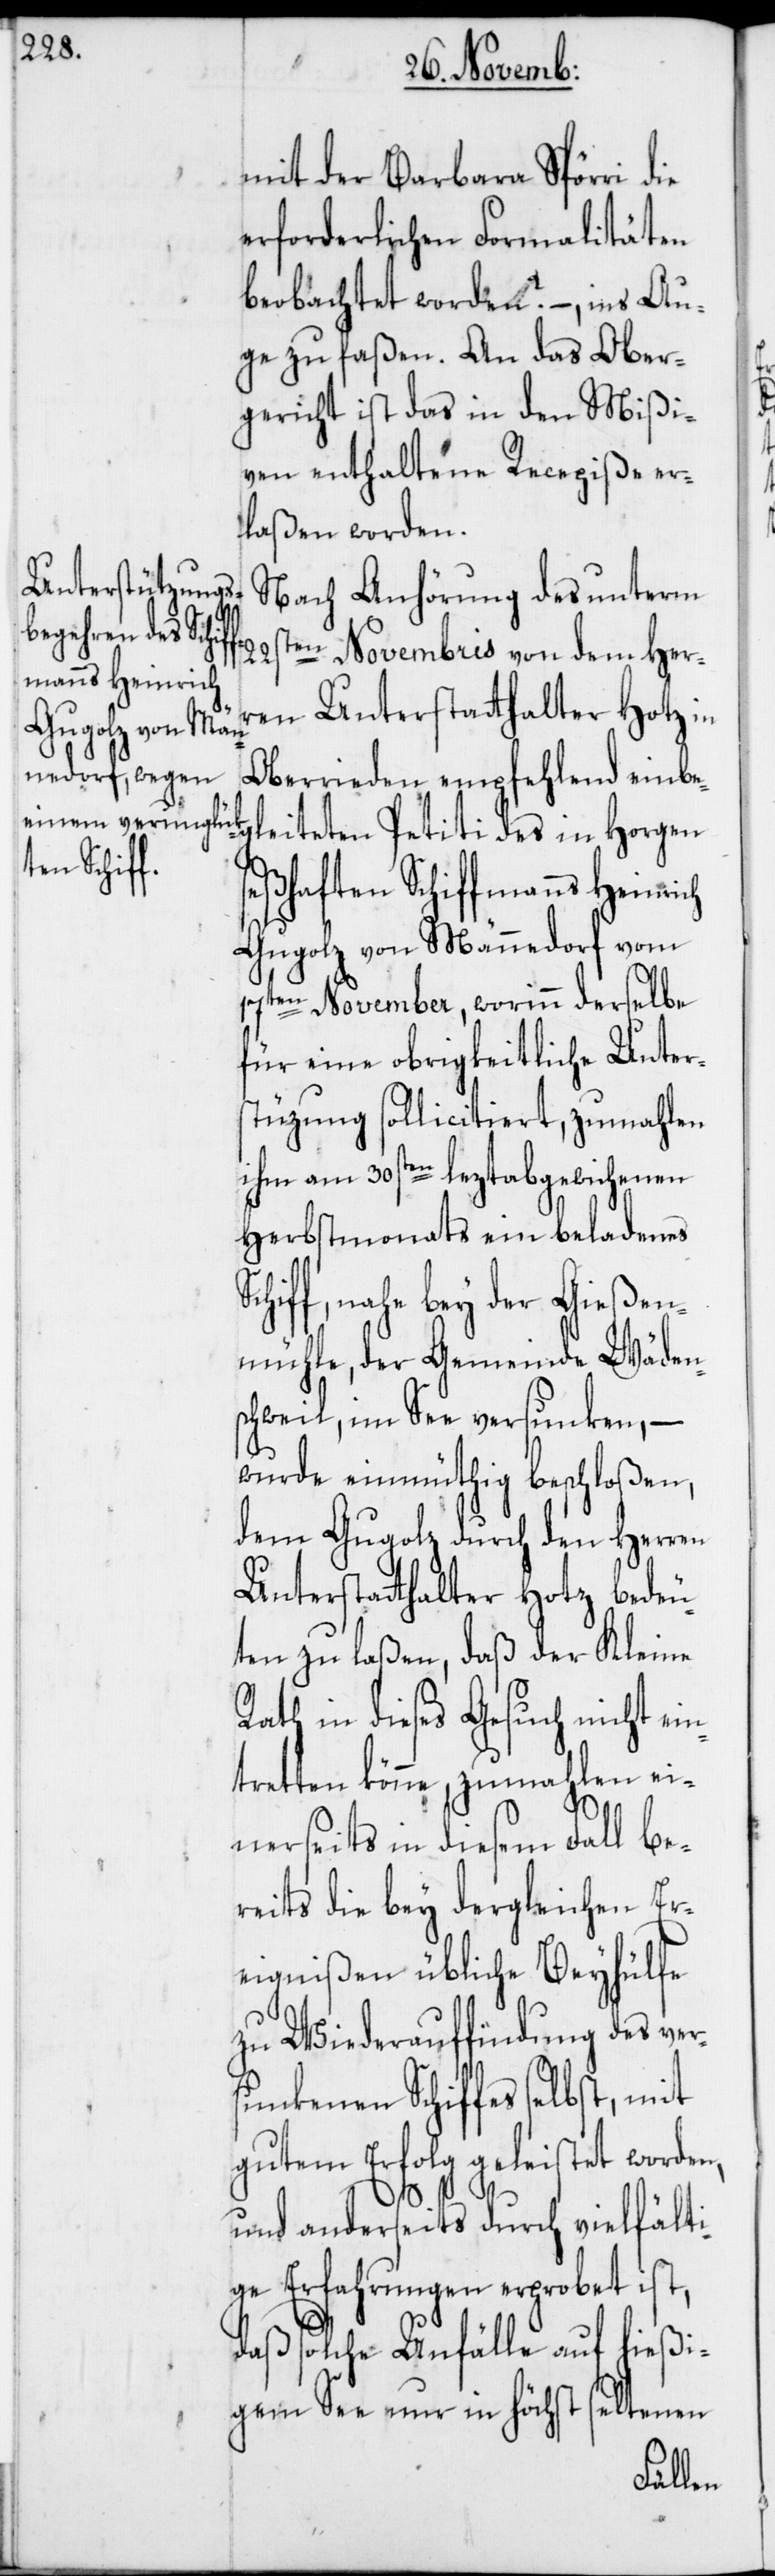
seßhaf¬
manns Heinrich
ten Schiff¬

Sc¬
mit der Barbara Spörri die
erforderlichen Formalitäten
beobachtet worden? –, ins Au¬
ge zu faßen. An das Ober¬
gericht ist das in den Mißi¬
ven enthaltene Recepiße er¬
laßen worden.
Nach Anhörung des unterm
22sten Novembris von dem Her¬
ren Unterstatthalter Hotz in
Oberrieden empfehlend einbeg¬
leiteten Petiti des in Horgen
Gugolz von Männedorf vom
17ten November, worinn derselbe
für eine obrigkeitliche Unter¬
stüzung sollicitiert, zumahlen
ihm am 30sten leztabgewichenen
Herbstmonats ein beladenes
hiff, nahe bey der Gießen¬
mühle der Gemeinde Wäden¬
schweil, im See versunken, –
wurde einmüthig beschloßen,
dem Gugolz durch den Herren
Unterstatthalter Hotz bedeu¬
ten zu laßen, daß der Kleine
Rath in dieses Gesuch nicht ei¬
tretten könne, zumahlen ei¬
nerseits in diesem Fall be¬
reits die bey dergleichen Er¬
eignißen übliche Beyhülfe
zu Wiederauffindung des ver¬
sunkenen Schiffes selbst, mit
gutem Erfolg geleistet worde¬
und anderseits durch vielfälti¬
ge Erfahrungen erprobet ist,
daß solche Unfälle auf hießi¬
gen See nur in höchst seltenen
n,